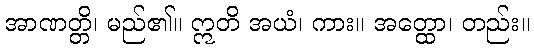
အာဏတ္တိ၊ မည်၏။ ဣတိ အယံ၊ ကား။ အတ္ထော၊ တည်း။